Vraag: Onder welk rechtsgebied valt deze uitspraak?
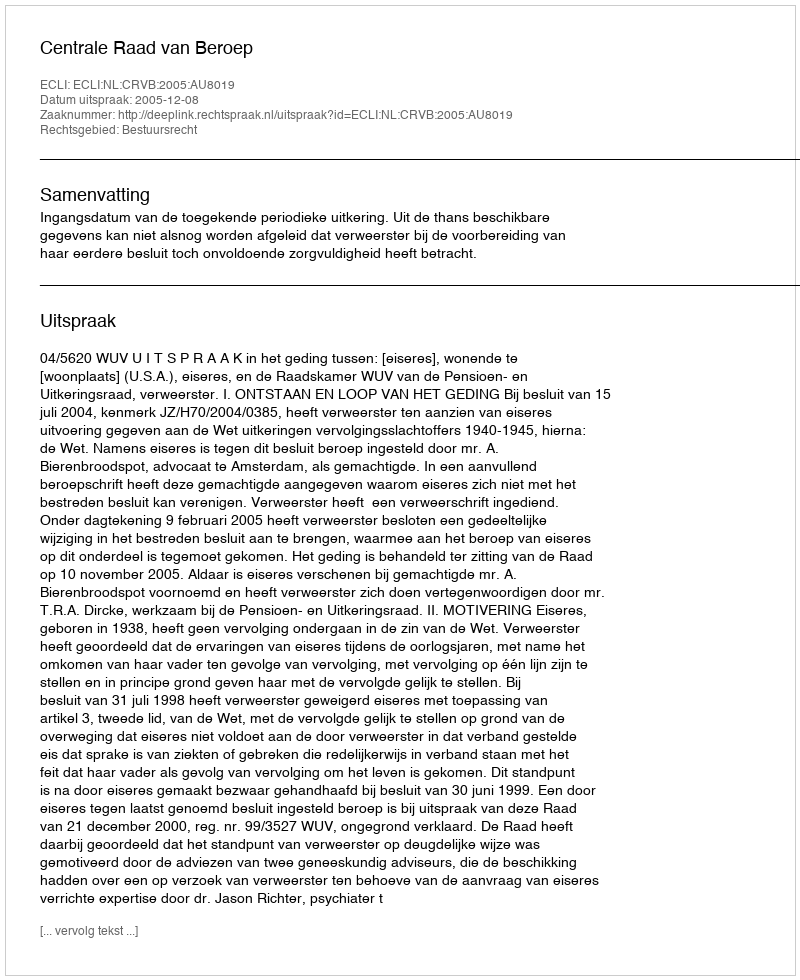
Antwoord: Bestuursrecht